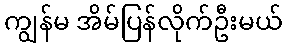
ကျွန်မ အိမ်ပြန်လိုက်ဦးမယ်